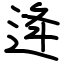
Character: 逄